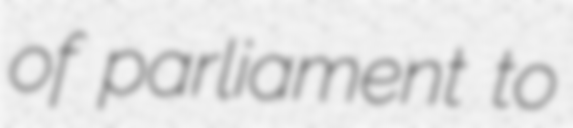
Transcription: of parliament to